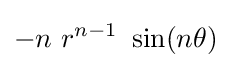
-n~r^{n-1}~\sin(n\theta )